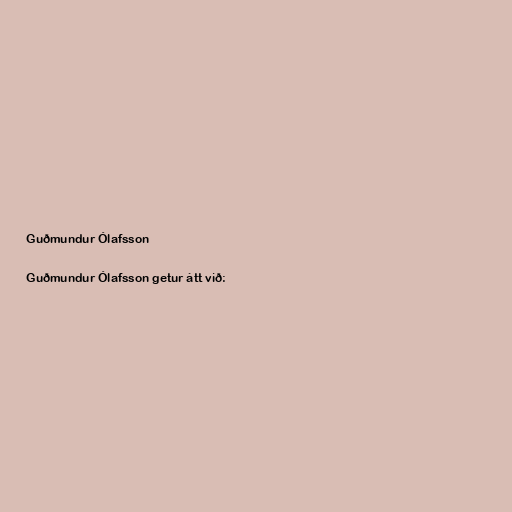
Guðmundur Ólafsson

Guðmundur Ólafsson getur átt við: